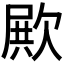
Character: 𣣣